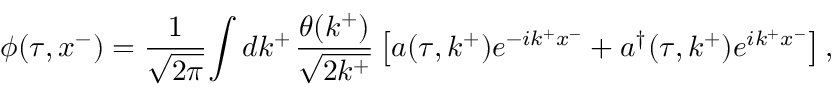
\phi ( \tau , x ^ { - } ) = \frac { 1 } { \sqrt { 2 \pi } } \! \int d k ^ { + } \; \! \frac { \theta ( k ^ { + } ) } { \sqrt { 2 k ^ { + } } } \left[ a ( \tau , k ^ { + } ) e ^ { - i k ^ { + } x ^ { - } } + { a ^ { \dag } } ( \tau , k ^ { + } ) e ^ { i k ^ { + } x ^ { - } } \right] ,